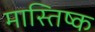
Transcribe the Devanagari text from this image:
मास्तिष्क